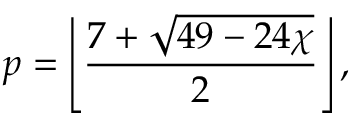
p = \left\lfloor { \frac { 7 + { \sqrt { 4 9 - 2 4 \chi } } } { 2 } } \right\rfloor ,